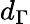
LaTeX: d_{\Gamma}